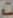
: